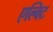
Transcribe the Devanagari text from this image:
एल्विट